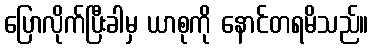
ပြောလိုက်ပြီးခါမှ ယာစုကို နောင်တရမိသည်။